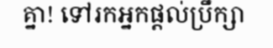
គ្នា! ទៅរកអ្នកផ្តល់ប្រឹក្សា